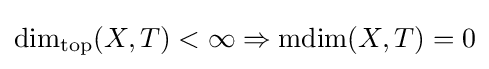
\textstyle \dim _{\mathrm {top} }(X,T)<\infty \Rightarrow \operatorname {mdim} (X,T)=0